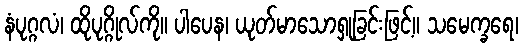
နံပုဂ္ဂလံ၊ ထိုပုဂ္ဂိုလ်ကို။ ပါပေန၊ ယုတ်မာသောရှုခြင်းဖြင့်။ သမေက္ခရေ၊